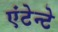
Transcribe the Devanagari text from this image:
एंटेन्टे